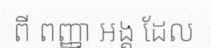
ពី ពញ្ញា អង្គ ដែល